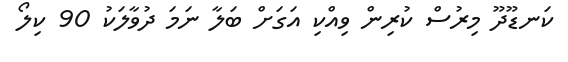
ކަނޑޫދޫ މިރުސް ކުރިން ވިއްކި އަގަށް ބަލާ ނަމަ ދުވާލަކު 90 ކިލޯ